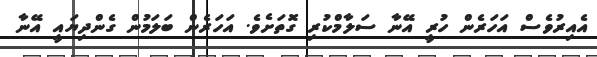
އެއިރުވެސް އަހަރެން ހުރީ އޭނާ ސަލާމްކުރި ގޮތަށެވެ. އަހަރެން ބަލަމުން ގެންދިޔައީ އޭނާ